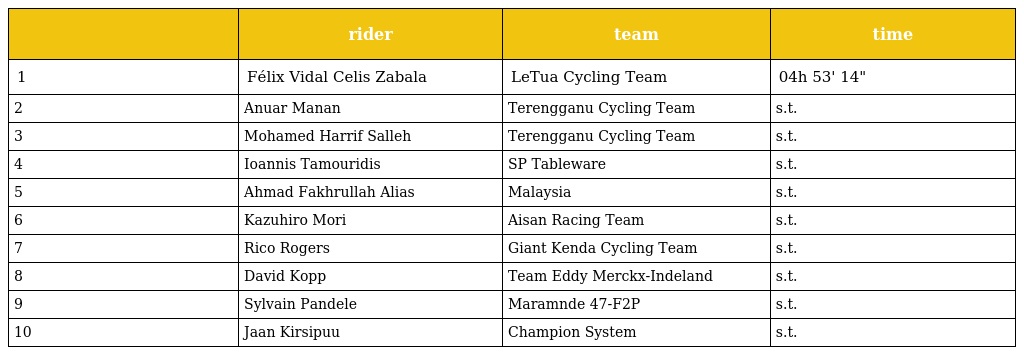
|  | rider | team | time |
 | --- | --- | --- | --- |
 | 1 | Félix Vidal Celis Zabala | LeTua Cycling Team | 04h 53' 14" |
 | 2 | Anuar Manan | Terengganu Cycling Team | s.t. |
 | 3 | Mohamed Harrif Salleh | Terengganu Cycling Team | s.t. |
 | 4 | Ioannis Tamouridis | SP Tableware | s.t. |
 | 5 | Ahmad Fakhrullah Alias | Malaysia | s.t. |
 | 6 | Kazuhiro Mori | Aisan Racing Team | s.t. |
 | 7 | Rico Rogers | Giant Kenda Cycling Team | s.t. |
 | 8 | David Kopp | Team Eddy Merckx-Indeland | s.t. |
 | 9 | Sylvain Pandele | Maramnde 47-F2P | s.t. |
 | 10 | Jaan Kirsipuu | Champion System | s.t. |